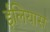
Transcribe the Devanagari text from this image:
ईलियास